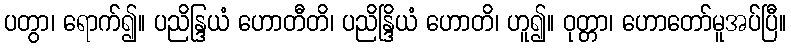
ပတွာ၊ ရောက်၍။ ပညိန္ဒြယံ ဟောတီတိ၊ ပညိန္ဒြိယံ ဟောတိ၊ ဟူ၍။ ဝုတ္တာ၊ ဟောတော်မူအပ်ပြီ။